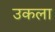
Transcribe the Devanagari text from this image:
उकला